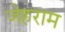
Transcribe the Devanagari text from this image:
जेहराम